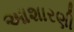
આશારણી